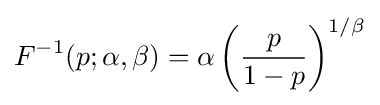
F^{-1}(p;\alpha ,\beta )=\alpha \left({\frac {p}{1-p}}\right)^{1/\beta }